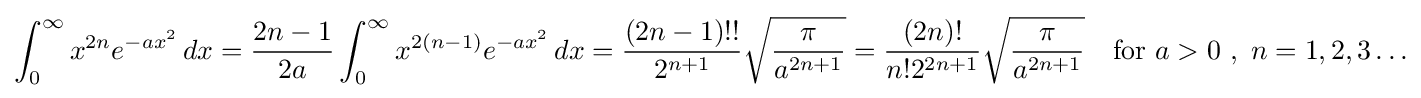
\int _{0}^{\infty }x^{2n}e^{-ax^{2}}\,dx={\frac {2n-1}{2a}}\int _{0}^{\infty }x^{2(n-1)}e^{-ax^{2}}\,dx={\frac {(2n-1)!!}{2^{n+1}}}{\sqrt {\frac {\pi }{a^{2n+1}}}}={\frac {(2n)!}{n!2^{2n+1}}}{\sqrt {\frac {\pi }{a^{2n+1}}}}\quad {\text{for }}a>0\ ,\ n=1,2,3\ldots